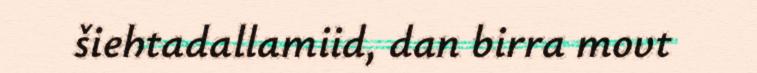
šiehtadallamiid, dan birra movt